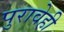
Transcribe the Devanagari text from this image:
पुरावेही